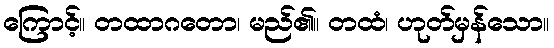
ကြောင့်။ တထာဂတော၊ မည်၏။ တထံ၊ ဟုတ်မှန်သော။